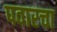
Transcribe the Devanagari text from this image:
पवारचा